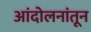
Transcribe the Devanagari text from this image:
आंदोलनांतून